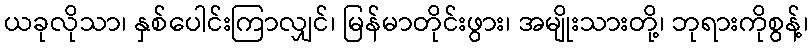
ယခုလိုသာ၊ နှစ်ပေါင်းကြာလျှင်၊ မြန်မာတိုင်းဖွား၊ အမျိုးသားတို့၊ ဘုရားကိုစွန့်၊